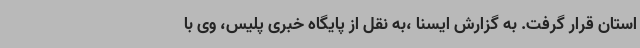
استان قرار گرفت. به گزارش ایسنا ،به نقل از پایگاه خبری پلیس، وی با